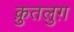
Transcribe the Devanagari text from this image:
क़ुतलुग़